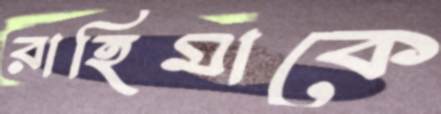
রাহিমাকে